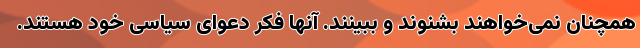
همچنان نمی‌خواهند بشنوند و ببینند. آنها فکر دعوای سیاسی خود هستند.